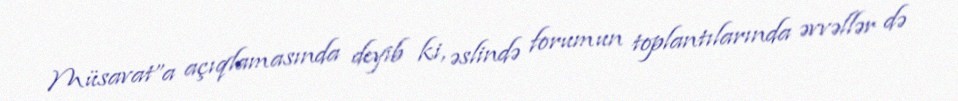
Müsavat”a açıqlamasında deyib ki, əslində forumun toplantılarında əvvəllər də